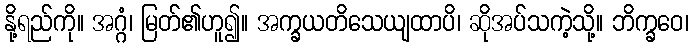
နို့ရည်ကို။ အဂ္ဂံ၊ မြတ်၏ဟူ၍။ အက္ခယတိသေယျထာပိ၊ ဆိုအပ်သကဲ့သို့။ ဘိက္ခဝေ၊